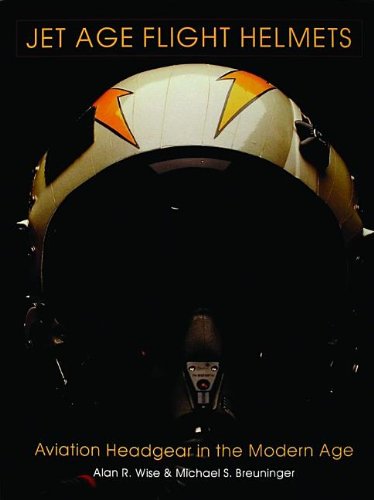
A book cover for Jet Age Flight Helmets: Aviation Headgear in the Modern Age (Schiffer Military History); Michael S. Breuninger; Crafts, Hobbies & Home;